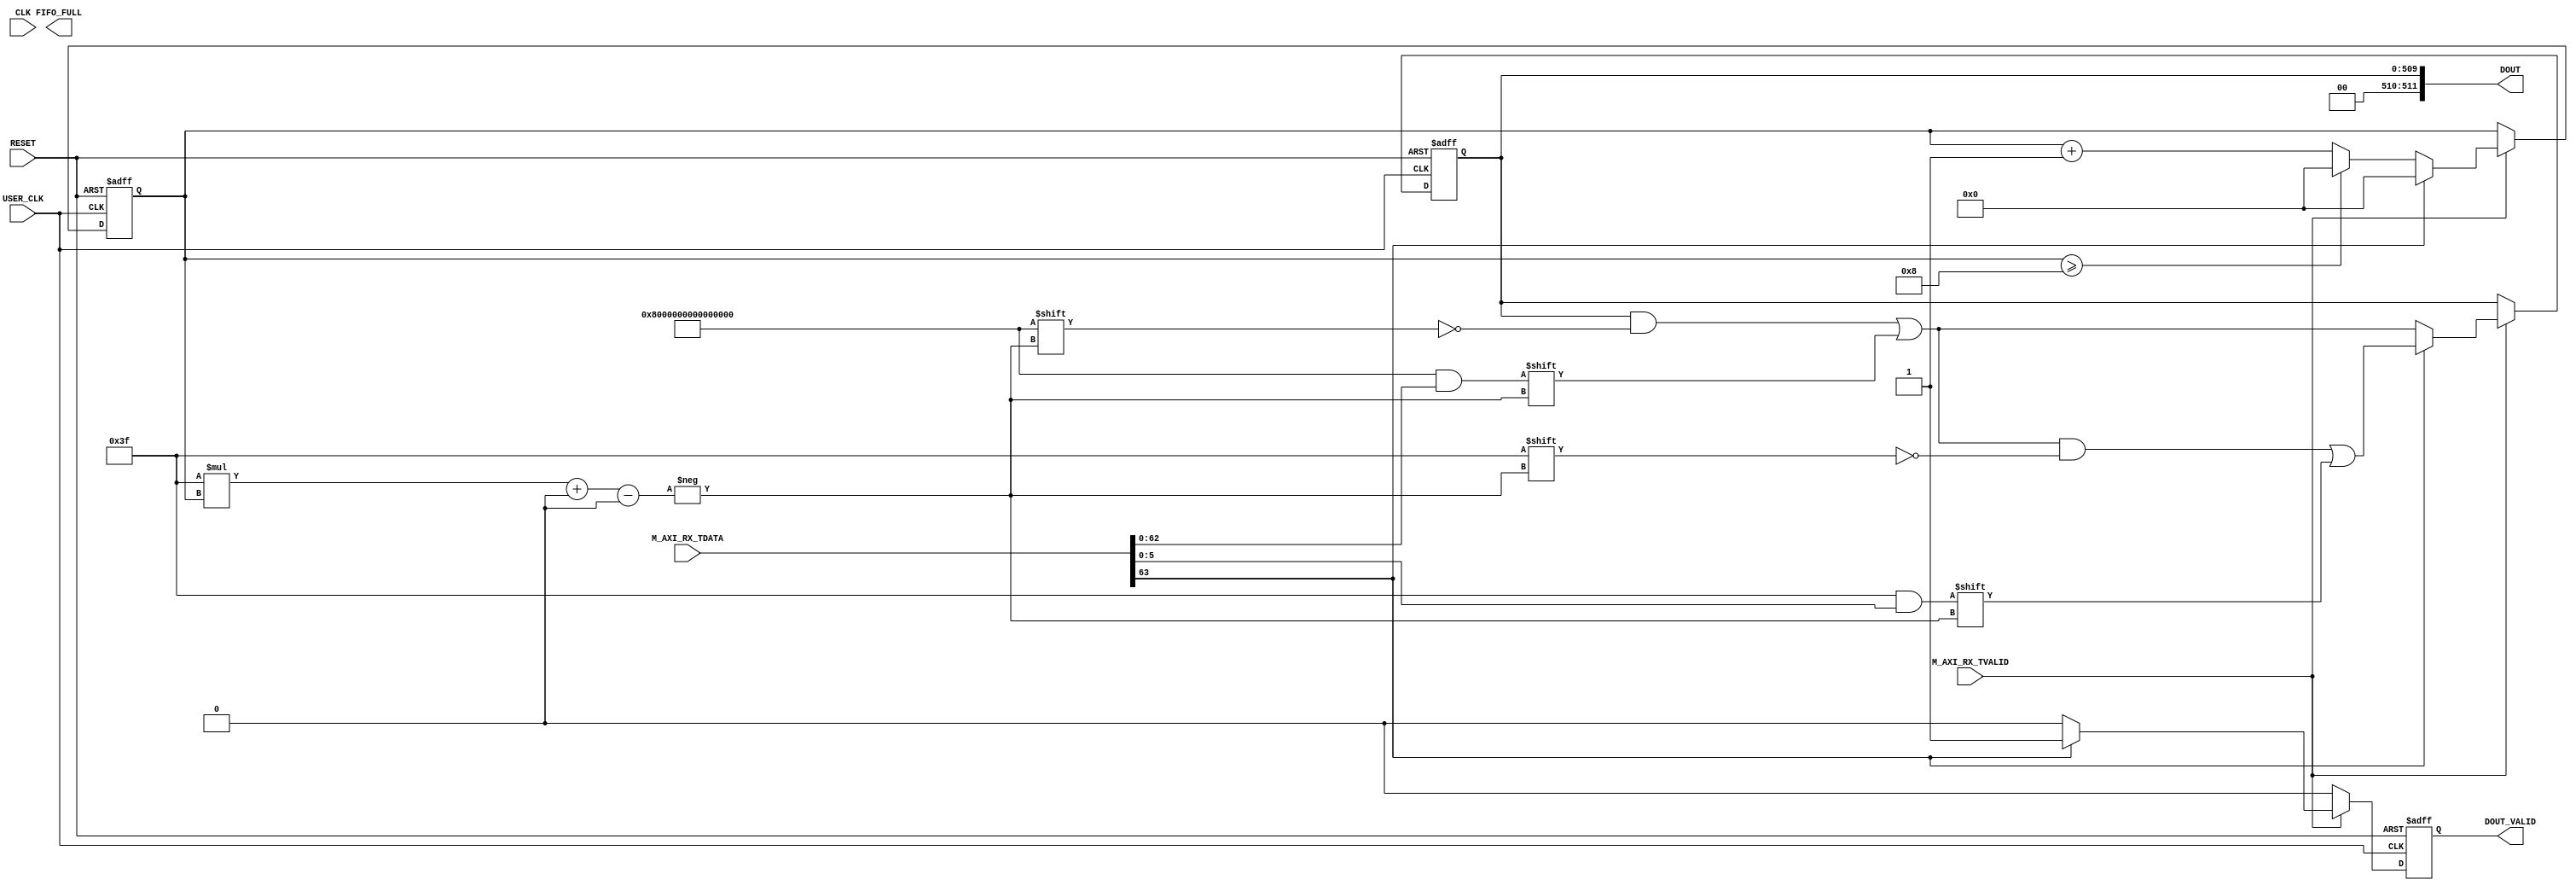
module sdm_adc_data_aurora_recv
  #(
    parameter NCH_ADC = 20,
    parameter ADC_CYC = 20,
    parameter NCH_SDM = 19,
    parameter SDM_CYC = 4
    )
   (
    input          RESET,
    input          CLK,
    input          USER_CLK,
    input [63:0]   M_AXI_RX_TDATA,
    input          M_AXI_RX_TVALID,
    output [511:0] DOUT,
    output         DOUT_VALID,
    output reg     FIFO_FULL
    );

   localparam ADC_SDM_CYC_RATIO  = ADC_CYC / SDM_CYC;
   localparam FIFO_DIN64_CYC     = 9;
   reg [ADC_SDM_CYC_RATIO*NCH_SDM*2 + NCH_ADC*16 - 1 : 0] sdm_adc_v;
   reg                                                    sdm_adc_v_valid;

   // aggregate data into sdm_adc_v
   reg [3:0]                                              cnt;
   always @ (posedge USER_CLK or posedge RESET) begin
      if (RESET) begin
         sdm_adc_v        <= 0;
         sdm_adc_v_valid  <= 0;
         cnt              <= 0;
      end
      else begin
         sdm_adc_v_valid <= 0;
         if (M_AXI_RX_TVALID) begin
            cnt <= cnt + 1;
            if (cnt >= FIFO_DIN64_CYC-1) begin
               cnt <= 0;
            end
            sdm_adc_v[63*cnt +: 63] <= M_AXI_RX_TDATA[62:0];
            if (M_AXI_RX_TDATA[63] == 1'b1) begin
               cnt                    <= 0;
               sdm_adc_v[63*cnt +: 6] <= M_AXI_RX_TDATA[5:0];
               sdm_adc_v_valid        <= 1;
            end
         end
      end
   end

   assign DOUT[0 +: ADC_SDM_CYC_RATIO*NCH_SDM*2 + NCH_ADC*16] = sdm_adc_v;
   assign DOUT[511 -: 2]                                      = 2'b00;
   assign DOUT_VALID                                          = sdm_adc_v_valid;

endmodule